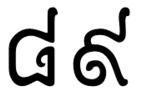
៨៩